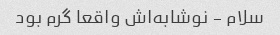
سلام - نوشابه‌اش واقعا گرم بود